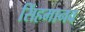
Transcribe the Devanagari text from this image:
सिंहमानव